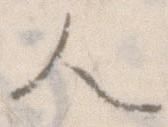
人